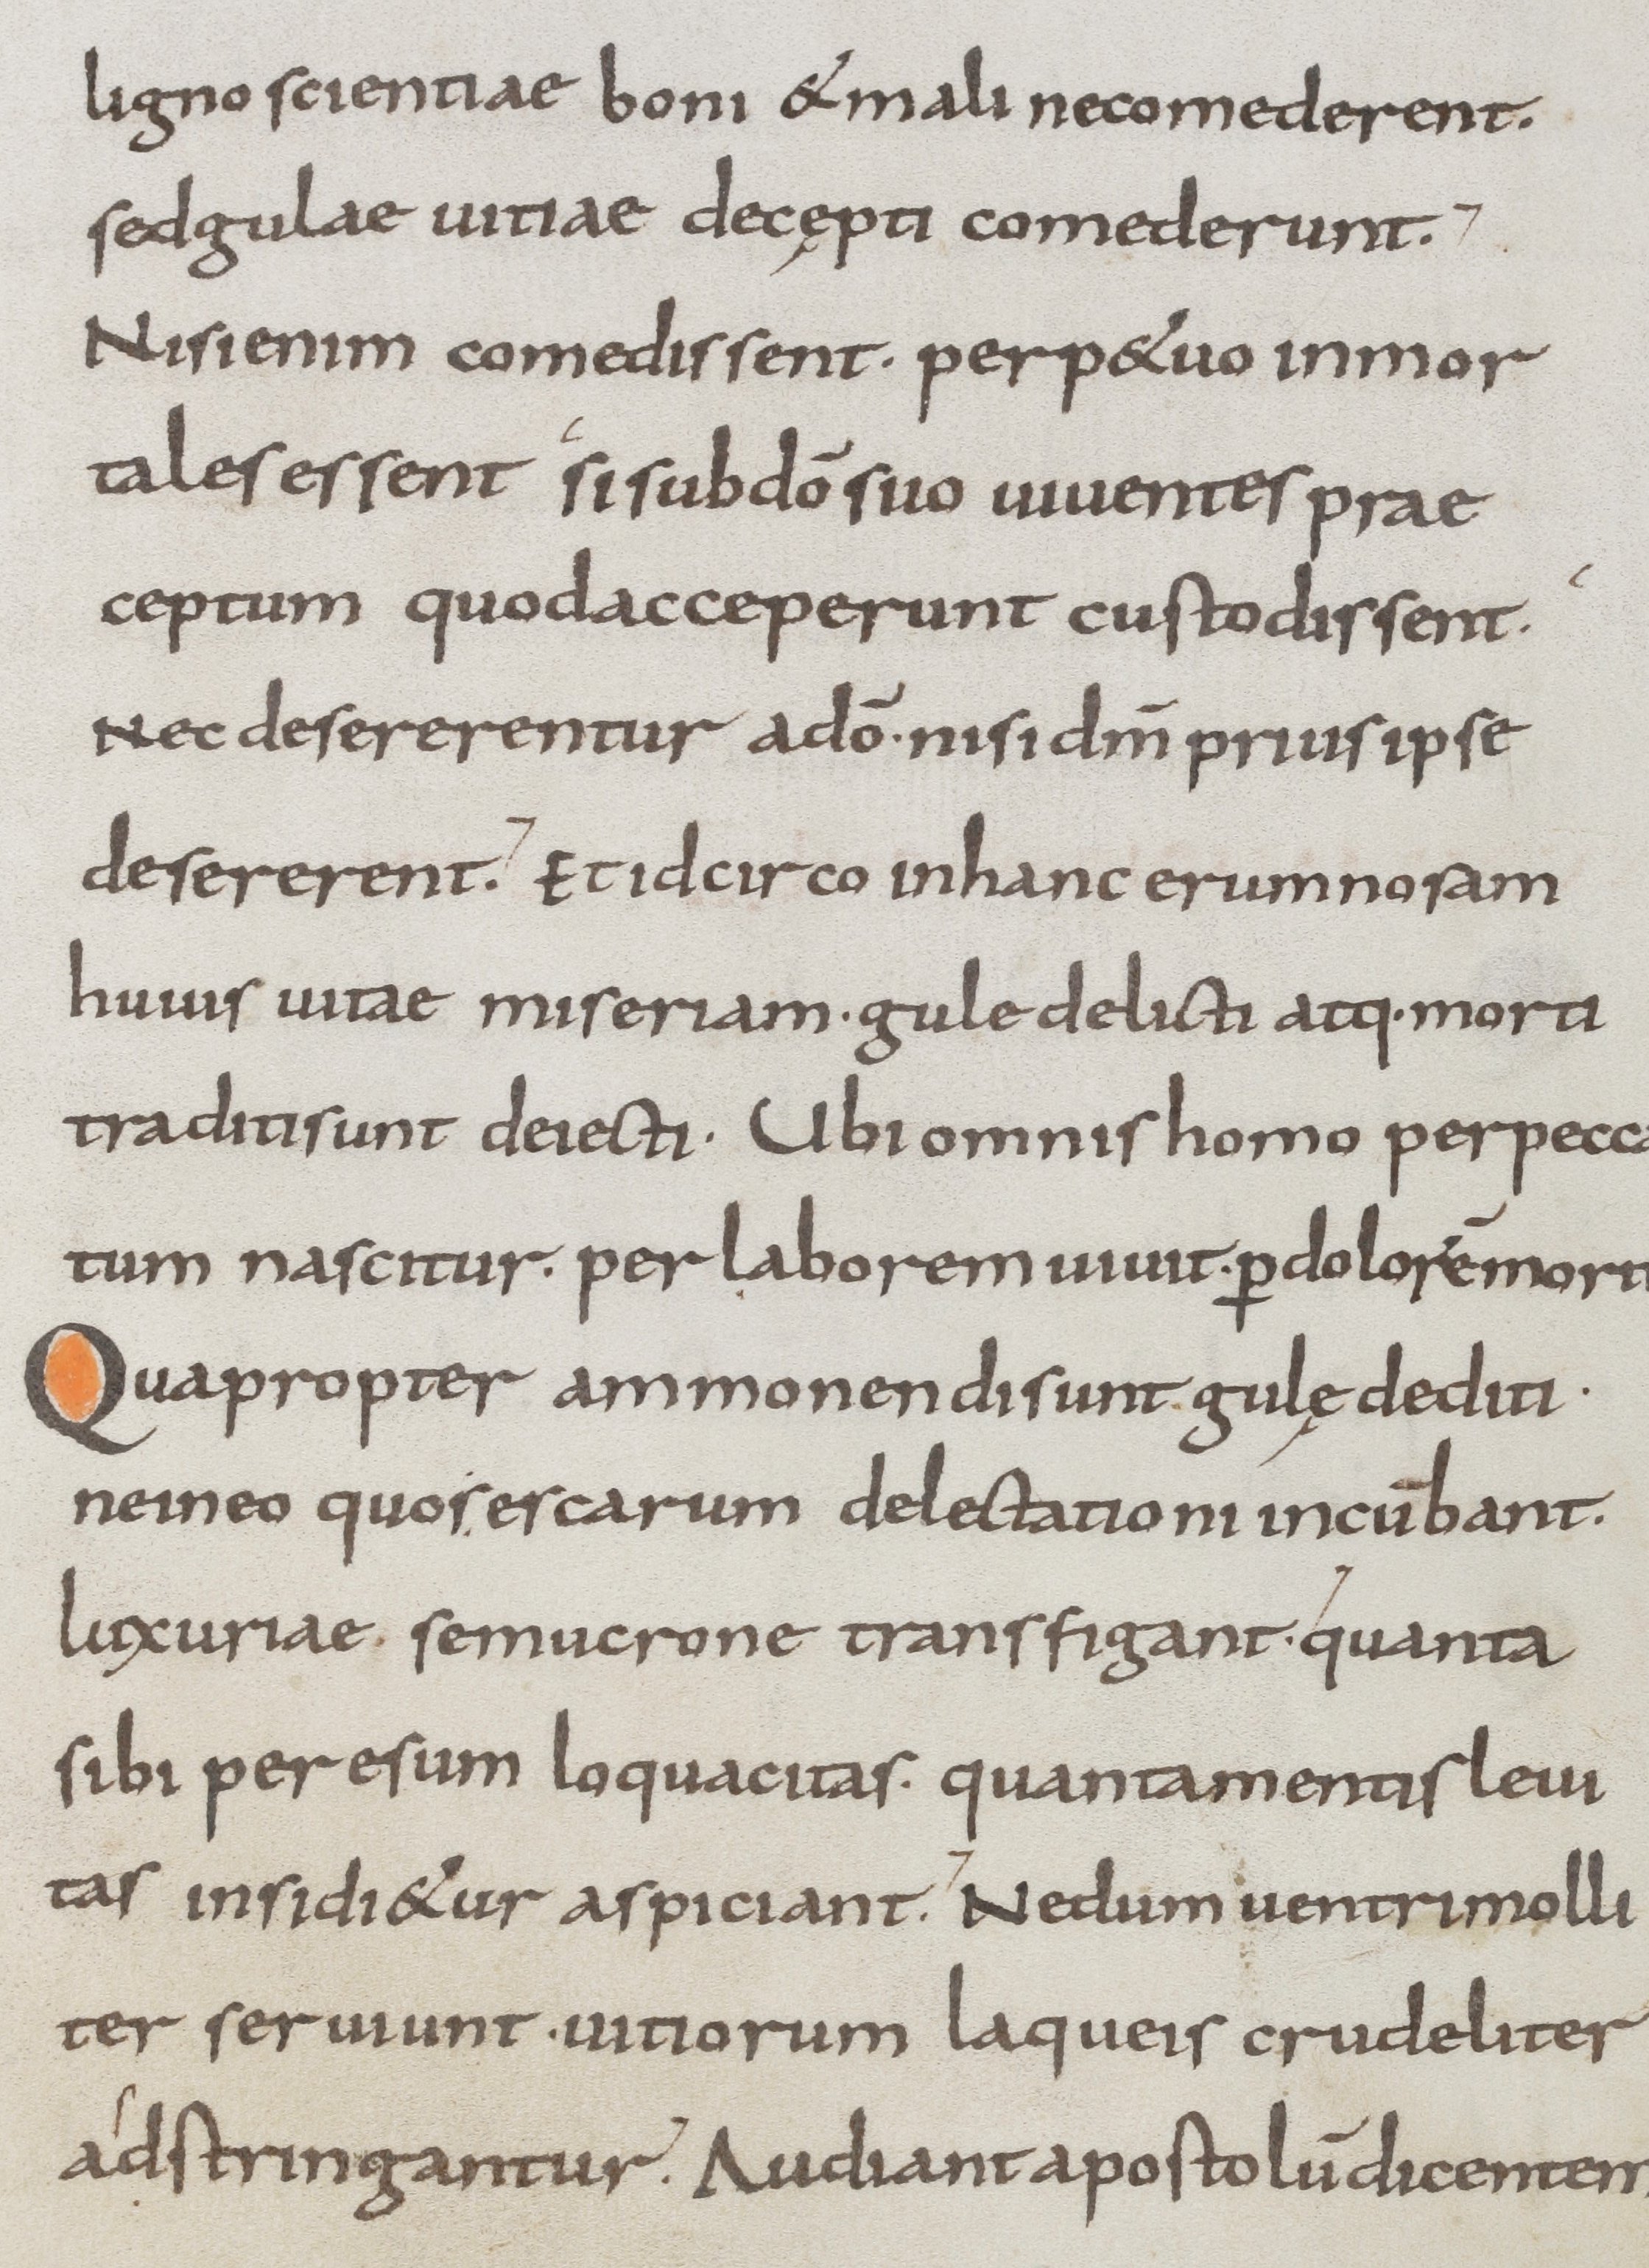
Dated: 800–899